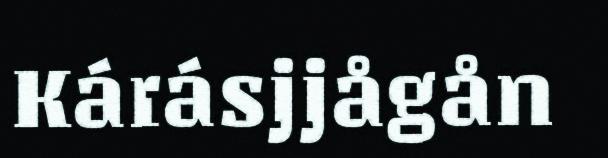
Kárásjjågån